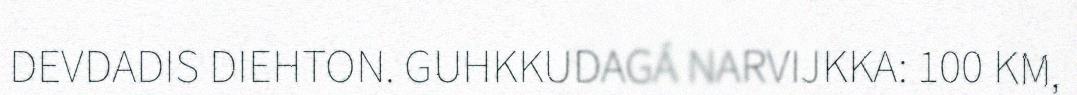
DEVDADIS DIEHTON. GUHKKUDAGÁ NARVIJKKA: 100 KM,